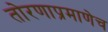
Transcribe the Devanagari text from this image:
तोरणाप्रमाणेच